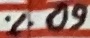
Text: 60%